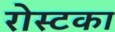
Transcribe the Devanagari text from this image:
रोस्टका